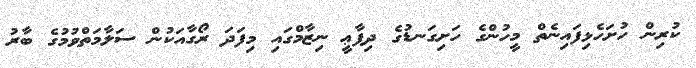
ކުރިން ހުށަހެޅިފައިނެތް މީހުންގެ ހަށިގަނޑުގެ ދިފާޢީ ނިޒާމްގައި މިފަދަ ރޯގާއަކުން ސަލާމަތްވުމުގެ ބާރު